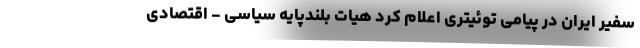
سفیر ایران در پیامی توئیتری اعلام کرد هیات بلندپایه سیاسى - اقتصادى